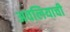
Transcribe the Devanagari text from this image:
अवलियाची